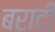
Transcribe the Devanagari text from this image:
बरादी